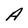
Character: A